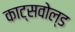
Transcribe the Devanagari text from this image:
काट्सवोल्ड